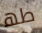
طھ